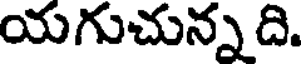
యగుచున్నది.